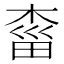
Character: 𣓩